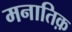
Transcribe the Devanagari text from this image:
मनातिक़